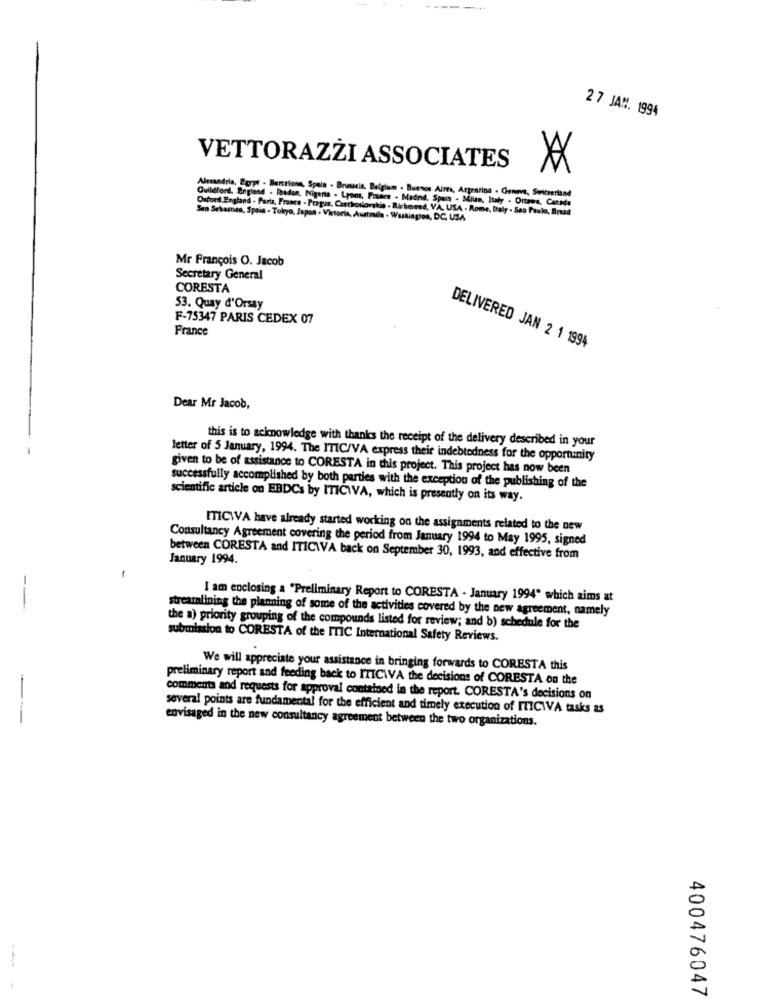
27 JAM. 1994
VETTORAZŻI ASSOCIATES
Alrsandria, Barpt - Barcelona, Spain . Brussels, Belgium . Buenos Aires, Argentina . Genne, Switzerland
Guildford, England . Budan, Nigeria . Lyon, France - Madrid, Spain - Milan, Italy . Oltres, Canela
Oxford England - Parta, France - Pragas, Czechoslovakia - Richmet
Fel thmesd. VA. USA - Rome, Italy . Sao Paulo, Bread
San Sebasnes, Spain . Tokyo, Japan - Victoria, Australia - Washington, DC, USA
Mr François O. Jacob
Secretary General
CORESTA
53. Quay d'Orsay
F-75347 PARIS CEDEX 07
France
DELIVERED JAN 2 1 1994
Dear Mr Jacob,
this is to acknowledge with thanks the receipt of the delivery described in your
letter of 5 January, 1994. The ITIC/VA express their indebtedness for the opportunity
given to be of assistance to CORESTA in this project. This project has now been
successfully accomplished by both parties with the exception of the publishing of the
scientific article on EBDCs by ITICIVA, which is presently on its way.
ITICIVA have already started working on the assignments related to the new
Consultancy Agreement covering the period from January 1994 to May 1995, signed
between CORESTA and ITICIVA back on September 30, 1993, and effective from
January 1994.
-.
I am enclosing a "Preliminary Report to CORESTA - January 1994" which aims at
streamlining the planning of some of the activities covered by the new agreement, namely
the a) priority grouping of the compounds listed for review; and b) schedule for the
submission to CORESTA of the ITIC International Safety Reviews.
We will appreciate your assistance in bringing forwards to CORESTA this
preliminary report and feeding back to ITICIVA the decisions of CORESTA on the
comments and requests for approval contained in the report. CORESTA's decisions on
several points are fundamental for the efficient and timely execution of ITICIVA tasks as
---
envisaged in the new consultancy agreement between the two organizations.
400476047